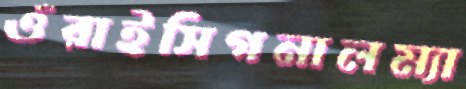
ওঁরাইসিগনালম্যা